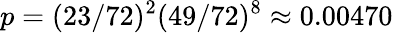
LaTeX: p=(23/72)^{2}(49/72)^{8}\approx 0.00470